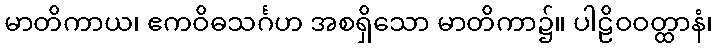
မာတိကာယ၊ ဧကဝိဓသင်္ဂဟ အစရှိသော မာတိကာ၌။ ပါဠိဝဝတ္ထာနံ၊